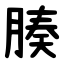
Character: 腠